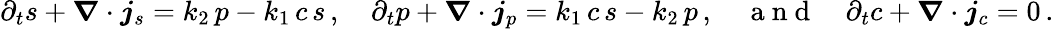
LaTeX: \partial_{t}s+\boldsymbol\nabla\cdot\boldsymbol{j}_{s}=k_{2}\, p-k_{1}\, c\, s\, ,\quad\partial_{t}p+\boldsymbol\nabla\cdot\boldsymbol{j}_{p}=k_{1}\, c\, s-k_{2}\, p\, ,\quad\mathrm{~a~n~d~}\quad\partial_{t}c+\boldsymbol\nabla\cdot\boldsymbol{j}_{c}=0\, .